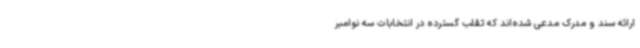
ارائه سند و مدرک مدعی شده‌اند که تقلب گسترده در انتخابات سه نوامبر